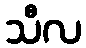
သီလ